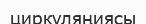
циркуляңиясы